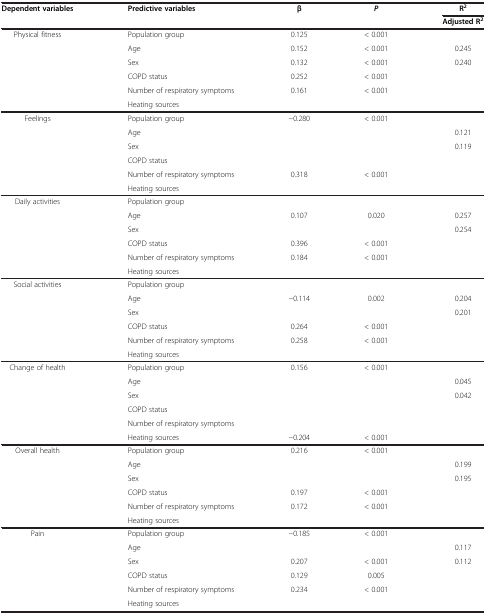
<table><thead><tr><td><b>Dependent variables</b></td><td><b>Predictive variables</b></td><td><b>β</b></td><td><b><i>P</i></b></td><td><b>R<sup>2</sup></b></td></tr><tr><td><b> </b></td><td><b> </b></td><td><b> </b></td><td><b> </b></td><td><b>Adjusted R<sup>2</sup></b></td></tr></thead><tbody><tr><td>Physical fitness</td><td>Population group</td><td>0.125</td><td>&lt; 0.001</td><td> </td></tr><tr><td> </td><td>Age</td><td>0.152</td><td>&lt; 0.001</td><td>0.245</td></tr><tr><td> </td><td>Sex</td><td>0.132</td><td>&lt; 0.001</td><td>0.240</td></tr><tr><td> </td><td>COPD status</td><td>0.252</td><td>&lt; 0.001</td><td> </td></tr><tr><td> </td><td>Number of respiratory symptoms</td><td>0.161</td><td>&lt; 0.001</td><td> </td></tr><tr><td> </td><td>Heating sources</td><td> </td><td> </td><td> </td></tr><tr><td>Feelings</td><td>Population group</td><td>−0.280</td><td>&lt; 0.001</td><td> </td></tr><tr><td> </td><td>Age</td><td> </td><td> </td><td>0.121</td></tr><tr><td> </td><td>Sex</td><td> </td><td> </td><td>0.119</td></tr><tr><td> </td><td>COPD status</td><td> </td><td> </td><td> </td></tr><tr><td> </td><td>Number of respiratory symptoms</td><td>0.318</td><td>&lt; 0.001</td><td> </td></tr><tr><td> </td><td>Heating sources</td><td> </td><td> </td><td> </td></tr><tr><td>Daily activities</td><td>Population group</td><td> </td><td> </td><td> </td></tr><tr><td> </td><td>Age</td><td>0.107</td><td>0.020</td><td>0.257</td></tr><tr><td> </td><td>Sex</td><td> </td><td> </td><td>0.254</td></tr><tr><td> </td><td>COPD status</td><td>0.396</td><td>&lt; 0.001</td><td> </td></tr><tr><td> </td><td>Number of respiratory symptoms</td><td>0.184</td><td>&lt; 0.001</td><td> </td></tr><tr><td> </td><td>Heating sources</td><td> </td><td> </td><td> </td></tr><tr><td>Social activities</td><td>Population group</td><td> </td><td> </td><td> </td></tr><tr><td> </td><td>Age</td><td>−0.114</td><td>0.002</td><td>0.204</td></tr><tr><td> </td><td>Sex</td><td> </td><td> </td><td>0.201</td></tr><tr><td> </td><td>COPD status</td><td>0.264</td><td>&lt; 0.001</td><td> </td></tr><tr><td> </td><td>Number of respiratory symptoms</td><td>0.258</td><td>&lt; 0.001</td><td> </td></tr><tr><td> </td><td>Heating sources</td><td> </td><td> </td><td> </td></tr><tr><td>Change of health</td><td>Population group</td><td>0.156</td><td>&lt; 0.001</td><td> </td></tr><tr><td> </td><td>Age</td><td> </td><td> </td><td>0.045</td></tr><tr><td> </td><td>Sex</td><td> </td><td> </td><td>0.042</td></tr><tr><td> </td><td>COPD status</td><td> </td><td> </td><td> </td></tr><tr><td> </td><td>Number of respiratory symptoms</td><td> </td><td> </td><td> </td></tr><tr><td> </td><td>Heating sources</td><td>−0.204</td><td>&lt; 0.001</td><td> </td></tr><tr><td>Overall health</td><td>Population group</td><td>0.216</td><td>&lt; 0.001</td><td> </td></tr><tr><td> </td><td>Age</td><td> </td><td> </td><td>0.199</td></tr><tr><td> </td><td>Sex</td><td> </td><td> </td><td>0.195</td></tr><tr><td> </td><td>COPD status</td><td>0.197</td><td>&lt; 0.001</td><td> </td></tr><tr><td> </td><td>Number of respiratory symptoms</td><td>0.172</td><td>&lt; 0.001</td><td> </td></tr><tr><td> </td><td>Heating sources</td><td> </td><td> </td><td> </td></tr><tr><td>Pain</td><td>Population group</td><td>−0.185</td><td>&lt; 0.001</td><td> </td></tr><tr><td> </td><td>Age</td><td> </td><td> </td><td>0.117</td></tr><tr><td> </td><td>Sex</td><td>0.207</td><td>&lt; 0.001</td><td>0.112</td></tr><tr><td> </td><td>COPD status</td><td>0.129</td><td>0.005</td><td> </td></tr><tr><td> </td><td>Number of respiratory symptoms</td><td>0.234</td><td>&lt; 0.001</td><td> </td></tr><tr><td> </td><td>Heating sources</td><td> </td><td> </td><td> </td></tr></tbody></table>